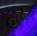
أوه